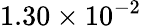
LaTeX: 1.30\times 10^{-2}